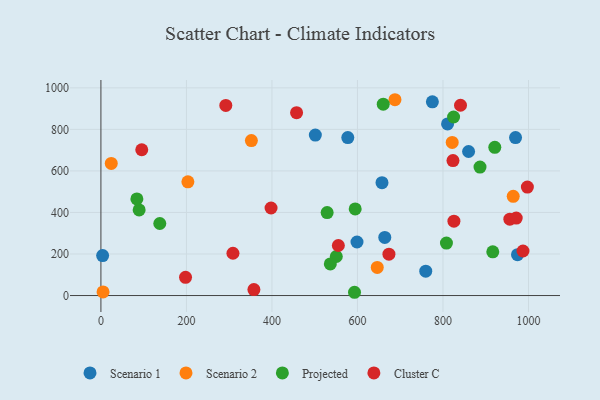
{"axis": {"x": "Price", "y": "Demand"}, "legend": ["Cluster C", "Projected", "Scenario 1", "Scenario 2"], "data": [{"x": "663.9", "y": 279.9, "type": "Scenario 1"}, {"x": "775.2", "y": 932.7, "type": "Scenario 1"}, {"x": "810.7", "y": 826.5, "type": "Scenario 1"}, {"x": "969.7", "y": 760.6, "type": "Scenario 1"}, {"x": "4.0", "y": 192.4, "type": "Scenario 1"}, {"x": "974.3", "y": 196.7, "type": "Scenario 1"}, {"x": "759.7", "y": 117.5, "type": "Scenario 1"}, {"x": "598.9", "y": 257.7, "type": "Scenario 1"}, {"x": "859.9", "y": 693.4, "type": "Scenario 1"}, {"x": "501.5", "y": 772.7, "type": "Scenario 1"}, {"x": "657.4", "y": 543.6, "type": "Scenario 1"}, {"x": "577.4", "y": 760.6, "type": "Scenario 1"}, {"x": "646.3", "y": 135.4, "type": "Scenario 2"}, {"x": "5.0", "y": 17.2, "type": "Scenario 2"}, {"x": "964.3", "y": 477.7, "type": "Scenario 2"}, {"x": "687.7", "y": 942.8, "type": "Scenario 2"}, {"x": "24.2", "y": 636.0, "type": "Scenario 2"}, {"x": "821.6", "y": 737.3, "type": "Scenario 2"}, {"x": "203.4", "y": 547.3, "type": "Scenario 2"}, {"x": "351.9", "y": 745.9, "type": "Scenario 2"}, {"x": "824.8", "y": 859.6, "type": "Projected"}, {"x": "886.6", "y": 618.6, "type": "Projected"}, {"x": "916.5", "y": 210.6, "type": "Projected"}, {"x": "808.1", "y": 252.8, "type": "Projected"}, {"x": "89.4", "y": 412.2, "type": "Projected"}, {"x": "550.5", "y": 188.0, "type": "Projected"}, {"x": "660.3", "y": 921.2, "type": "Projected"}, {"x": "593.1", "y": 15.7, "type": "Projected"}, {"x": "921.2", "y": 713.8, "type": "Projected"}, {"x": "137.7", "y": 346.8, "type": "Projected"}, {"x": "536.5", "y": 152.2, "type": "Projected"}, {"x": "529.1", "y": 399.4, "type": "Projected"}, {"x": "84.1", "y": 465.3, "type": "Projected"}, {"x": "594.7", "y": 416.8, "type": "Projected"}, {"x": "397.9", "y": 421.4, "type": "Cluster C"}, {"x": "673.6", "y": 199.0, "type": "Cluster C"}, {"x": "555.3", "y": 240.8, "type": "Cluster C"}, {"x": "308.8", "y": 203.6, "type": "Cluster C"}, {"x": "197.9", "y": 87.9, "type": "Cluster C"}, {"x": "457.6", "y": 880.4, "type": "Cluster C"}, {"x": "997.4", "y": 522.1, "type": "Cluster C"}, {"x": "823.4", "y": 649.9, "type": "Cluster C"}, {"x": "956.4", "y": 367.5, "type": "Cluster C"}, {"x": "357.8", "y": 28.7, "type": "Cluster C"}, {"x": "841.0", "y": 916.2, "type": "Cluster C"}, {"x": "987.2", "y": 214.5, "type": "Cluster C"}, {"x": "95.5", "y": 702.0, "type": "Cluster C"}, {"x": "292.1", "y": 915.3, "type": "Cluster C"}, {"x": "825.6", "y": 357.8, "type": "Cluster C"}, {"x": "971.3", "y": 373.0, "type": "Cluster C"}]}